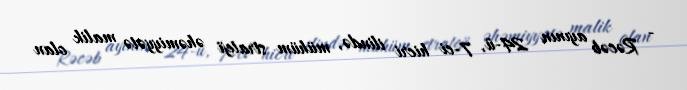
- Rəcəb ayının 24-ü, 7-ci hicri ilində, mühüm strateji əhəmiyyətə malik olan